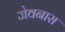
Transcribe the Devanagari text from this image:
जेवनास